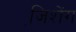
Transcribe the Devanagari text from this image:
जि़शेंग